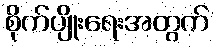
စိုက်ပျိုးရေးအတွက်